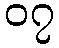
၀၇